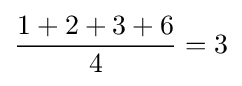
{\frac {1+2+3+6}{4}}=3